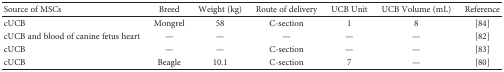
| Source of MSCs | Breed | Weight (kg) | Route of delivery | UCB Unit | UCB Volume (mL) | Reference |
 | --- | --- | --- | --- | --- | --- | --- |
 | cUCB | Mongrel | 58 | C-section | 1 | 8 | [84] |
 | cUCB and blood of canine fetus heart | — | — | — | — | — | [82] |
 | cUCB | — | — | C-section | — | — | [83] |
 | cUCB | Beagle | 10.1 | C-section | 7 | — | [80] |